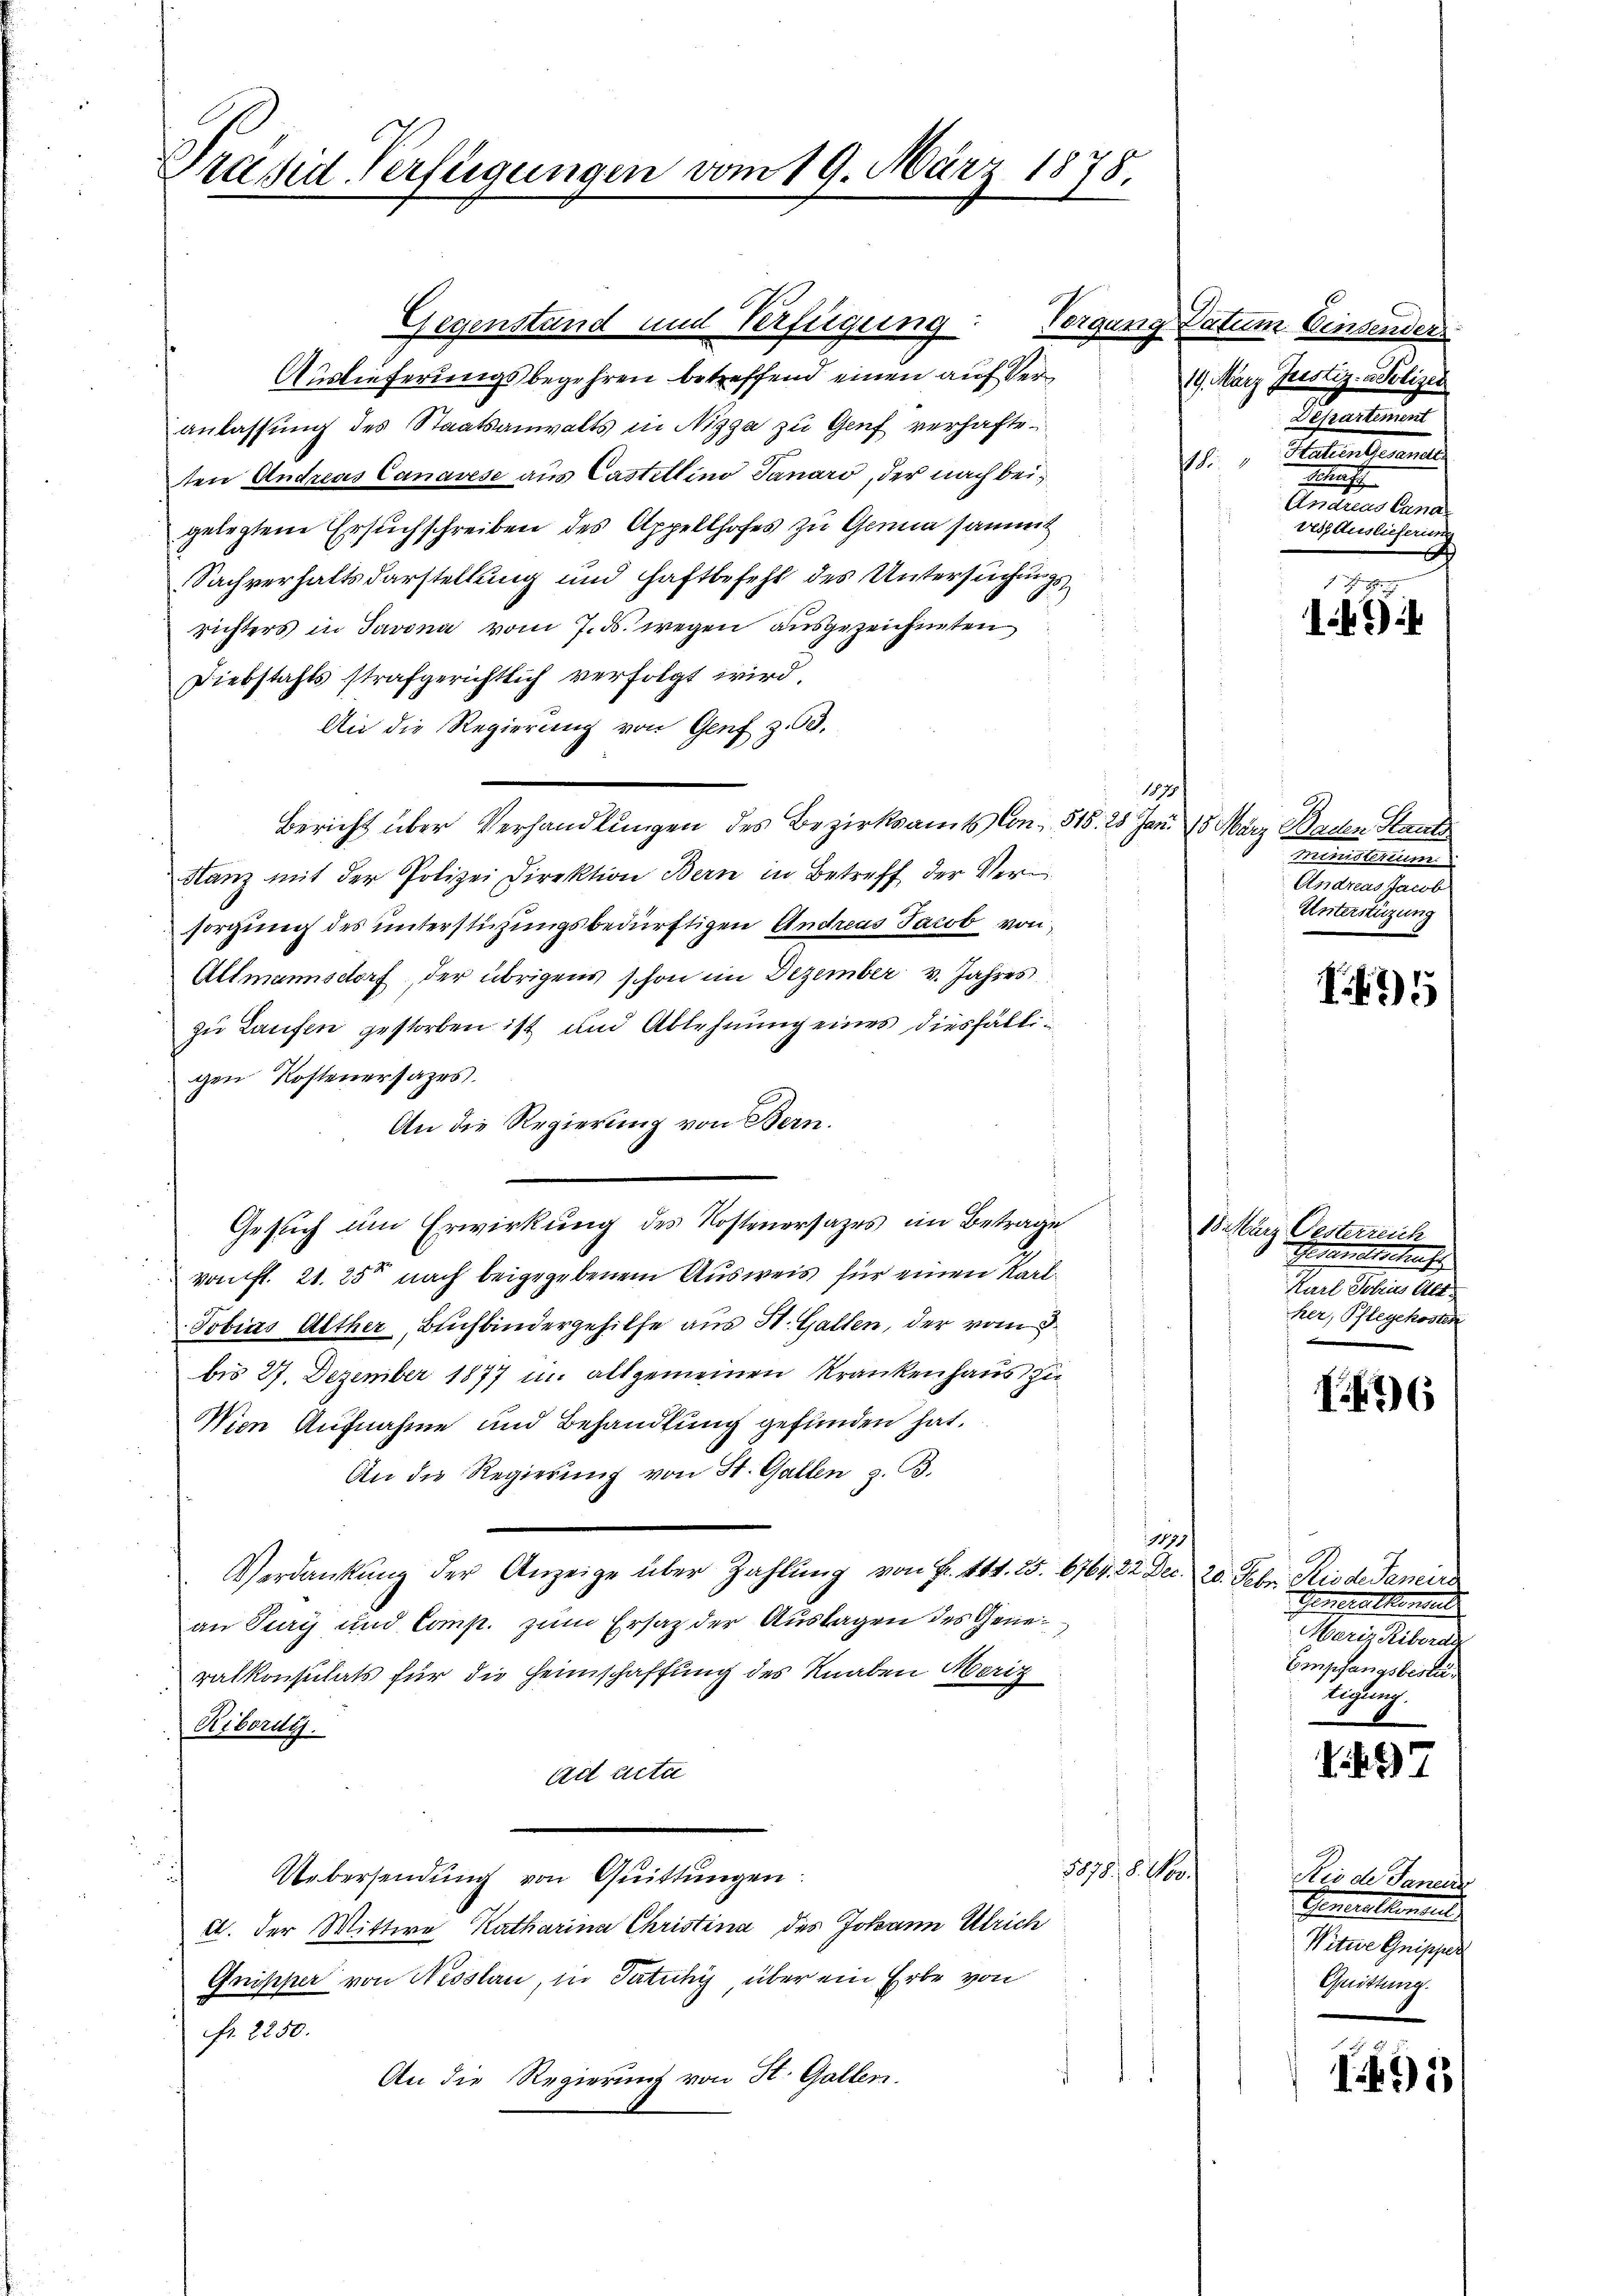
Präsid. Verfügungen vom 19. März 1878.

Gegenstand und Verfügung
Auslieferungsbegehren betreffend einen auf Veranlassung des Staatsanwalts in Nizga zu Genf verhafte
ten Andreas Canavese aus Castellino Janaro, der nach beigelegtene Ersuchschreiben des Appellhofes zu Genie sammt
Sachverhaltsdarstellung und Haftbefehl des Untersuchungsrichters in Savona vom 7. ds. wegen ausgezeichneten
Diebstahls strafgerichtlich verfolgt wird.
An die Regierung von Genf z. 63.
Bericht über Verhandlungen des Bezirksamts Con- 518. 28 Jan. 15 März Baden Staats
Hanz mit der Polizei Direktion Bern in Betreff der Versorgung des unterstüzungsbedürftigen Andreas Jacob von
Allmannsdorf, der übrigens schon im Dezember v. Jahres
zu Laufen gestorben ist und Ablehnung eines diesfälligen Kostenersazes.
An die Regierung von Bern.
Gesuch um Erwirkung des Kostenersatzes im Beträge
von fl. 21. 250 nach beigegebenem Ausweis für einen Karl¬
Tobias Alther, Buchbindergehilfe aus St. Gallen, der vom 3.
bis 27. Dezember 1877 im allgemeinen Krankenhaus zu
Nien Aufnahme und Behandlung gefunden hat.
An die Regierung von St. Gallen z. B.
1199
Verdankung der Anzeige über Zahlung von Fr. 441. 25. 6764. 22. Dec. 20. Febr. Riode daneiro
s
an Tury und Comp. zum Ersatz der Auslagen des Generalkonsulats für die Heimschaffung des Knaben Moriz
Ribordi
Ad Acta
5878. 8. Nov.
Uebersendung von Quittungen.
c. der Wittwe Katharina Christina des Johann Ulrich
Gnipper von Nesslau, in Tatuhy, über ein Erbe von
fr. 2250.
An die Regierung von St. Galler.

1879

1
Vergang Datum einsender
19. März Justiz- u. Polizei
Departement
Patentemente
1
Schaft
Anaues Cana
trosauslieferung

1 x
14

usserun
Andreas Jacob
Unterstüzung

5

B arg Oesterreich
Heimatschaf
Karl Totrus Alt
her, Pflegekosten

6

Generalkonsend
Meriz Ribordin
Empfangsbesti
Aigleich.

97

Rio de Janer
Generalement
Witwe Gripper
Quittung.

1491